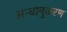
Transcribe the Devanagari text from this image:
अन्धानुकरण